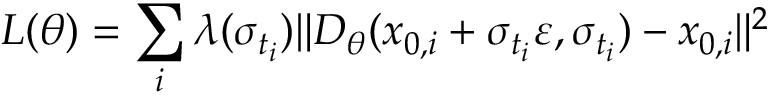
L ( \theta ) = \sum _ { i } \lambda ( \sigma _ { t _ { i } } ) \| D _ { \theta } ( x _ { 0 , i } + \sigma _ { t _ { i } } \varepsilon , \sigma _ { t _ { i } } ) - x _ { 0 , i } \| ^ { 2 }